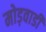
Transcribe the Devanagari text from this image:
मोड़वाडी